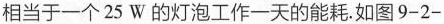
相当于一个25W的灯泡工作一天的能耗。如图9-2-